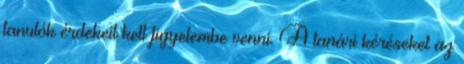
tanulók érdekeit kell figyelembe venni. A tanári kéréseket az